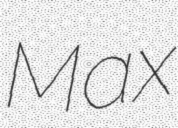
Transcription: Max